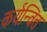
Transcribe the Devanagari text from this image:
कर्यन्वित